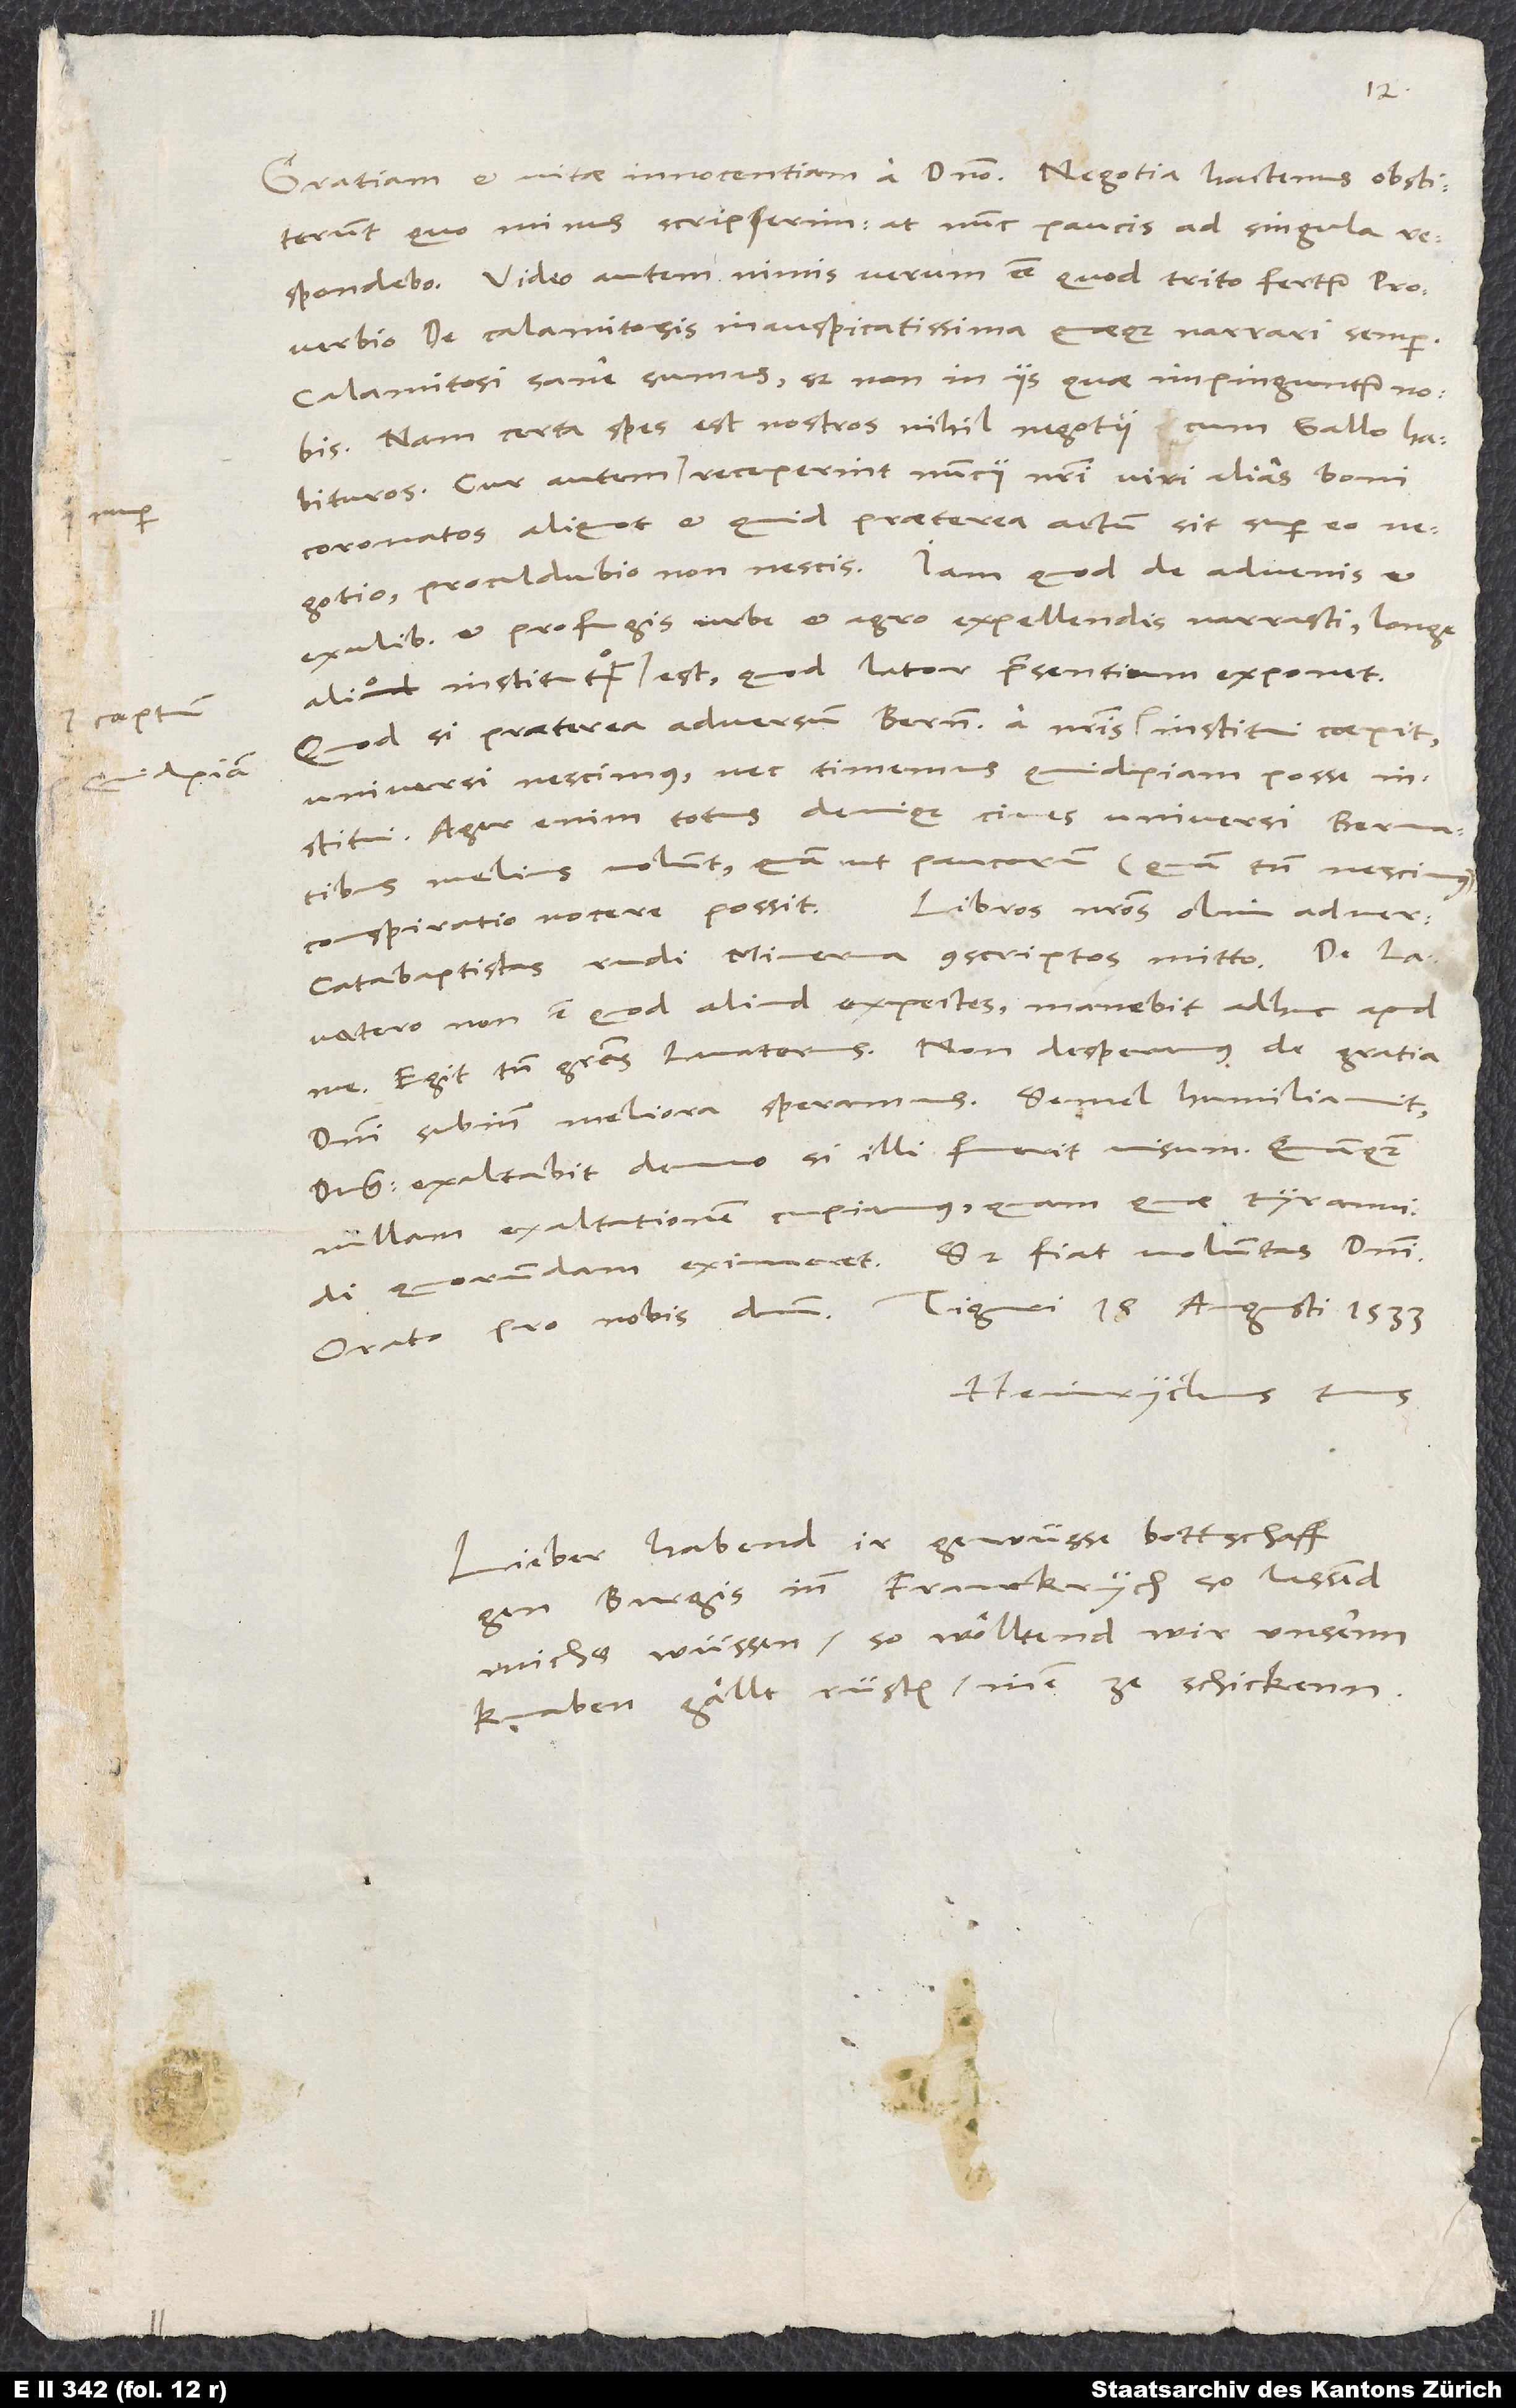
coeptum

18.
quominus scripserim, at nunc paucis ad singula
Video autem nimis verum esse, quod trito fertur proverbio,
de calamitosis inauspicatissima quaeque narrari semper.
Calamitosi sane sumus, sed non in iis, quae impinguntur nobis.
Nam certa spes est nostros nihil negotii cum Gallo habituros.
Cur autem nuper receperint nuncii nostri viri alias boni
coronatos aliquot, et quid praeterea actum sit super eo
negotio, procul dubio non nescis. Iam quod de advenis et
exulibus et profugis urbe et agro expellendis narrasti, longe
Quodsi praeterea adversum Bern a nostris quidpiam institui coepit,
universi nescimus, nec timemus quidpiam posse
Ager enim totus, denique cives universi Bernatibus
melius volunt, quam ut paucorum (quam tamen nescimus)
catabaptistas rudi Minerva conscriptos mitto.
Lavatero non est, quod aliud expectes. Manebit adhuc apud
domini subinde meliora speramus. Semel humiliavit
dominus, exaltabit denuo, si illi fuerit visum, quamquam
nullam exaltationem cupiamus, quam quae tyrannidi
quorundam eximeret. Sed fiat voluntas domini.
Heinrychus tuus.
Lieber, habend ir gewüsse bottschaff
gen Burgis inn Franckrych, so lassend
michs wüssen; so wölltend wir unsernn
knaben gällt rüsten, inen ze schickenn.